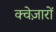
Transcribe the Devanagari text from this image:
क्वेज़ारों